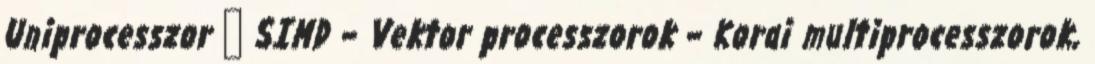
Uniprocesszor ● SIMD – Vektor processzorok – Korai multiprocesszorok,